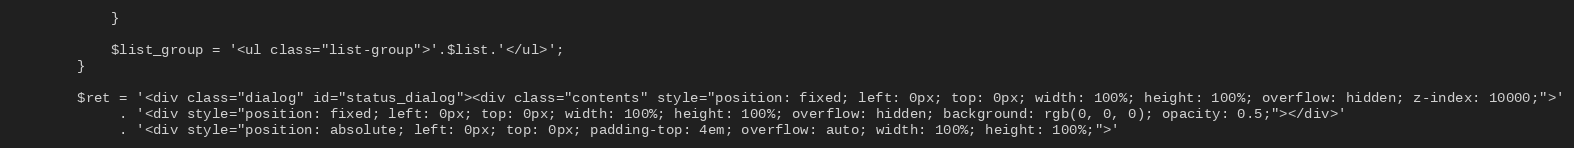
Language: PHP
			}

			$list_group = '<ul class="list-group">'.$list.'</ul>';
		}

		$ret = '<div class="dialog" id="status_dialog"><div class="contents" style="position: fixed; left: 0px; top: 0px; width: 100%; height: 100%; overflow: hidden; z-index: 10000;">'
			 . '<div style="position: fixed; left: 0px; top: 0px; width: 100%; height: 100%; overflow: hidden; background: rgb(0, 0, 0); opacity: 0.5;"></div>'
			 . '<div style="position: absolute; left: 0px; top: 0px; padding-top: 4em; overflow: auto; width: 100%; height: 100%;">'